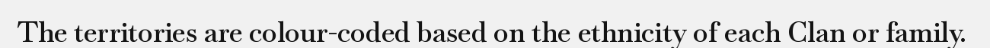
The territories are colour-coded based on the ethnicity of each Clan or family.